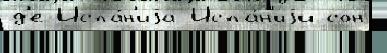
д'е Испа́н'иjа Испа́н'иjи сон